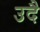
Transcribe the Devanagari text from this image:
उदै